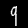
Label: 9